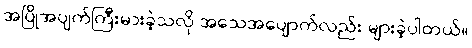
အပြိုအပျက်ကြီးမားခဲ့သလို အသေအပျောက်လည်း များခဲ့ပါတယ်။